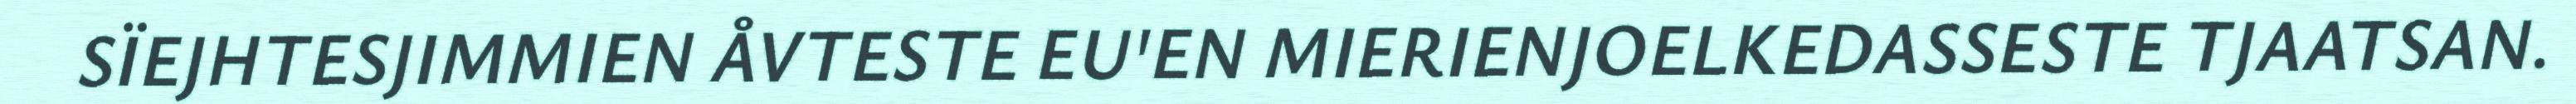
SÏEJHTESJIMMIEN ÅVTESTE EU'EN MIERIENJOELKEDASSESTE TJAATSAN.